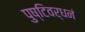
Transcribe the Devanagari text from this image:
पुष्टिवर्धनं